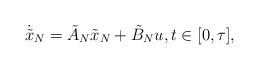
LaTeX: \begin{align*}\dot{\tilde x}_N = \tilde A_N \tilde x_N + \tilde B_N u,t\in [0,\tau],\end{align*}